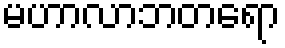
မဟာလာဘတရော